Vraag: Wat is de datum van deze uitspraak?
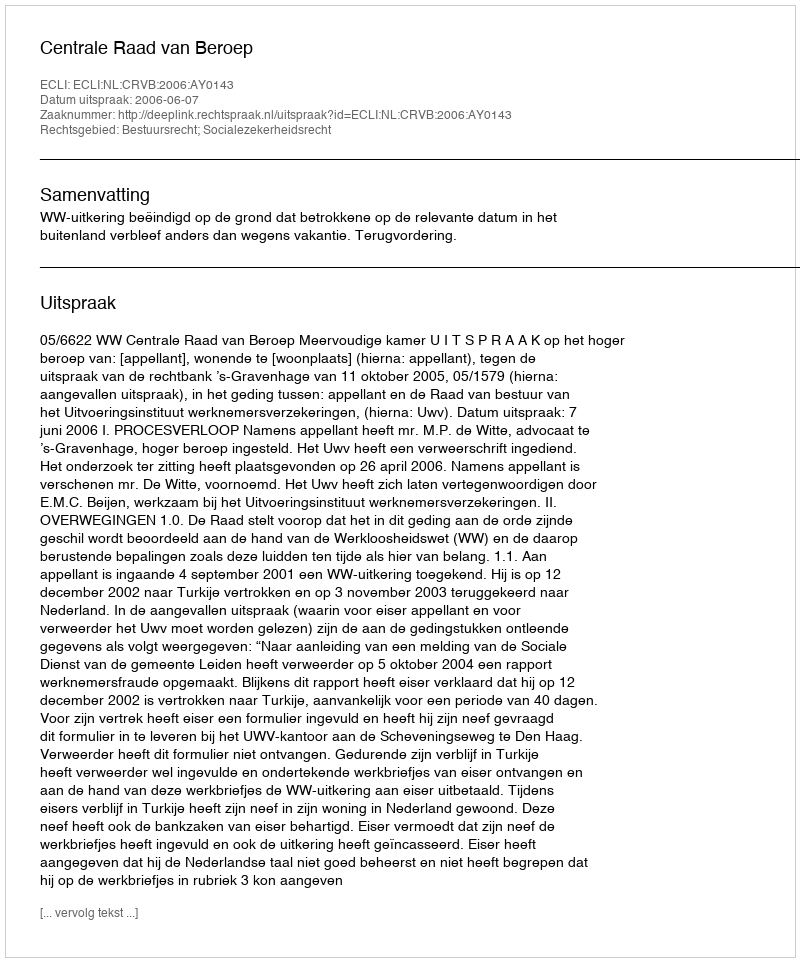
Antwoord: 2006-06-07